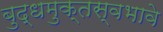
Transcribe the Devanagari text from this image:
बुद्धमुक्तस्वभावे